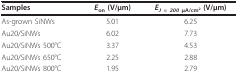
| Samples | Eon (V/μm) | EJ = 200 μA/cm2 (V/μm) |
 | --- | --- | --- |
 | As-grown SiNWs | 5.01 | 6.25 |
 | Au20/SiNWs | 6.02 | 7.73 |
 | Au20/SiNWs 500°C | 3.37 | 4.53 |
 | Au20/SiNWs 650°C | 2.25 | 2.88 |
 | Au20/SiNWs 800°C | 1.95 | 2.79 |